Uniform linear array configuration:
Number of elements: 32
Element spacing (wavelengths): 0.5
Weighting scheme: cosine
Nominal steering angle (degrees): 45
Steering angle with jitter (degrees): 43.593
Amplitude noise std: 0.05
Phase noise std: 0.05

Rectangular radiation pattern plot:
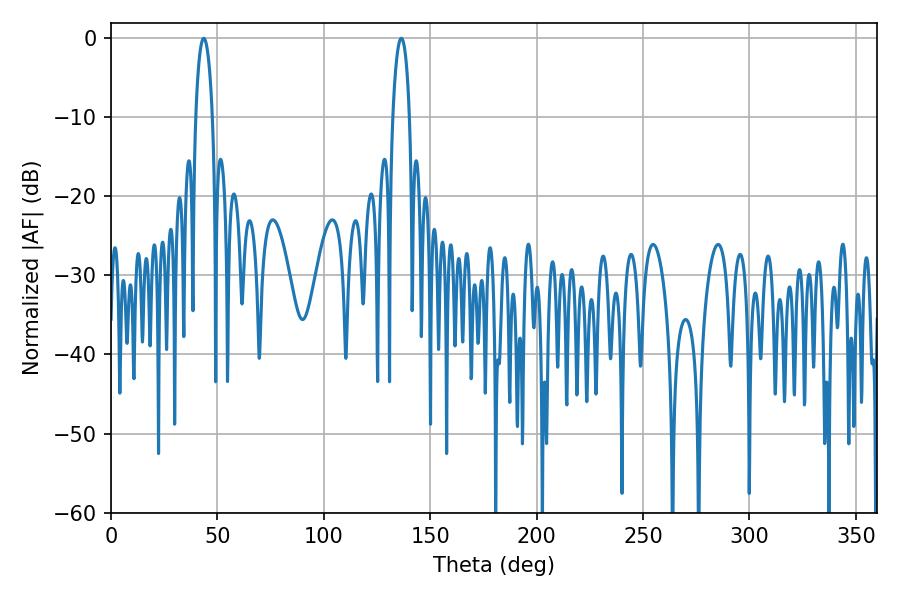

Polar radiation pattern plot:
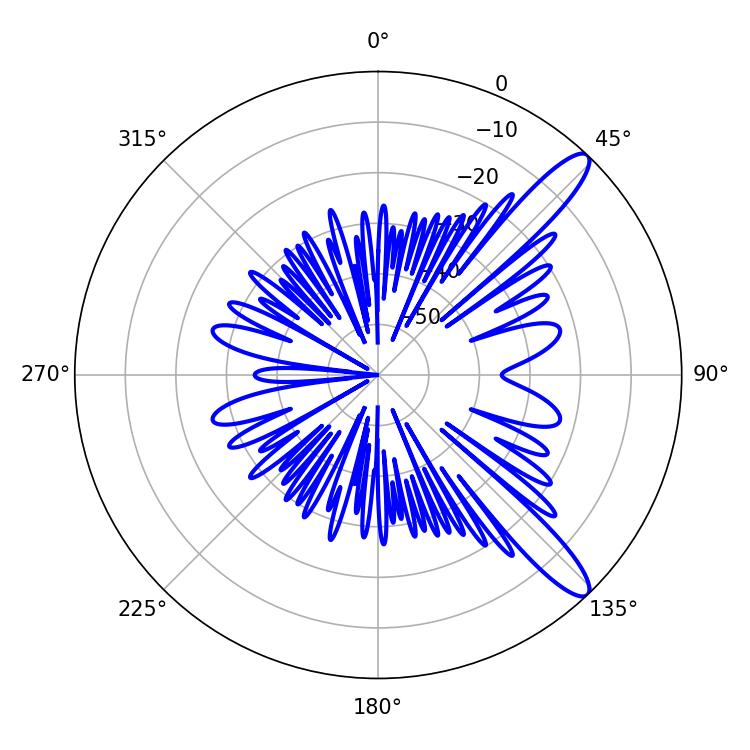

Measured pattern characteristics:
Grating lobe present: FALSE
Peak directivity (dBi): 12.22
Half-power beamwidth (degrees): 4.5
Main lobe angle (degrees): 43.56